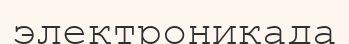
электроникада